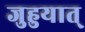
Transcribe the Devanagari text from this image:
जुहुयात्‌